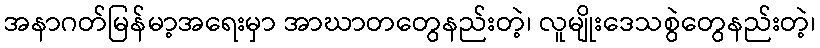
အနာဂတ်မြန်မာ့အရေးမှာ အာဃာတတွေနည်းတဲ့၊ လူမျိုးဒေသစွဲတွေနည်းတဲ့၊